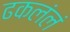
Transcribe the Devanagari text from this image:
ढकलंलं